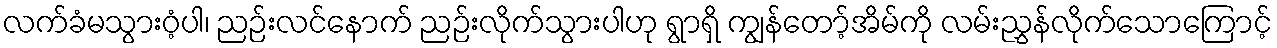
လက်ခံမသွားဝံ့ပါ၊ ညဉ်းလင်နောက် ညဉ်းလိုက်သွားပါဟု ရွာရှိ ကျွန်တော့်အိမ်ကို လမ်းညွှန်လိုက်သောကြောင့်